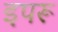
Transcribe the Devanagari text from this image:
इपरू